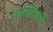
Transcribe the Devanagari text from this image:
पायरिडाइन